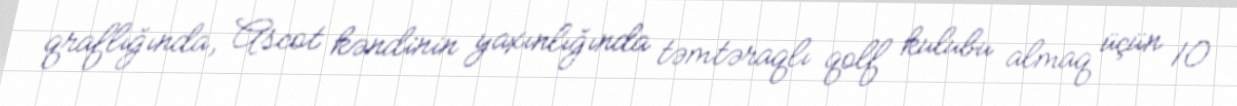
qraflığında, Ascot kəndinin yaxınlığında təmtəraqlı qolf kulubu almaq üçün 10